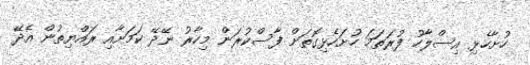
ހުށާހެޅި އިސްލާހު ފުރަތަމަ ހުށަހެޅިގޮތަށް ފާސްކުރަން މިހާރު ނޭދޭ ކަމަށާއި ރައްޔިތުން އެދޭ